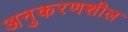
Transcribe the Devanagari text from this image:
अनुकरणशील